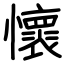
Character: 懷